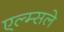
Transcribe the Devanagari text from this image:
एल्म्सले